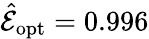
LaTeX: \hat{\mathcal E}_{\mathrm{opt}}=0.996